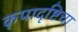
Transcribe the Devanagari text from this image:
कृपादृष्टिचा